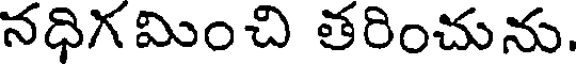
నధిగమించి తరించును.